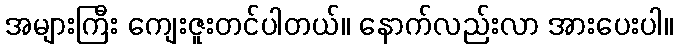
အများကြီး ကျေးဇူးတင်ပါတယ်။ နောက်လည်းလာ အားပေးပါ။